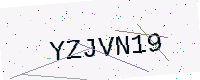
Text: YZJVN19